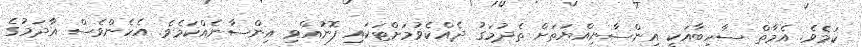
ކަމެވެ. އެމާތް ސާހިބާއަކީ އިންސާނިއްޔަތަށް ތެދުމަގު ދެއްކެވުމަށްޓަކައި ފޮނުއްވި އިންސާނެއްކަމެވެ. އެހެންވެސް އާދަމުގެ